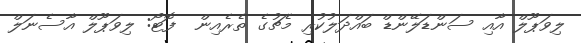
ލިވަޕޫލް އާއި ސަންޑަލޭންޑް ބައްދަލުކުރި މެޗުގެ ތެރެއިން  ފޮޓޯ: ލިވަޕޫލް އާސެނަލް